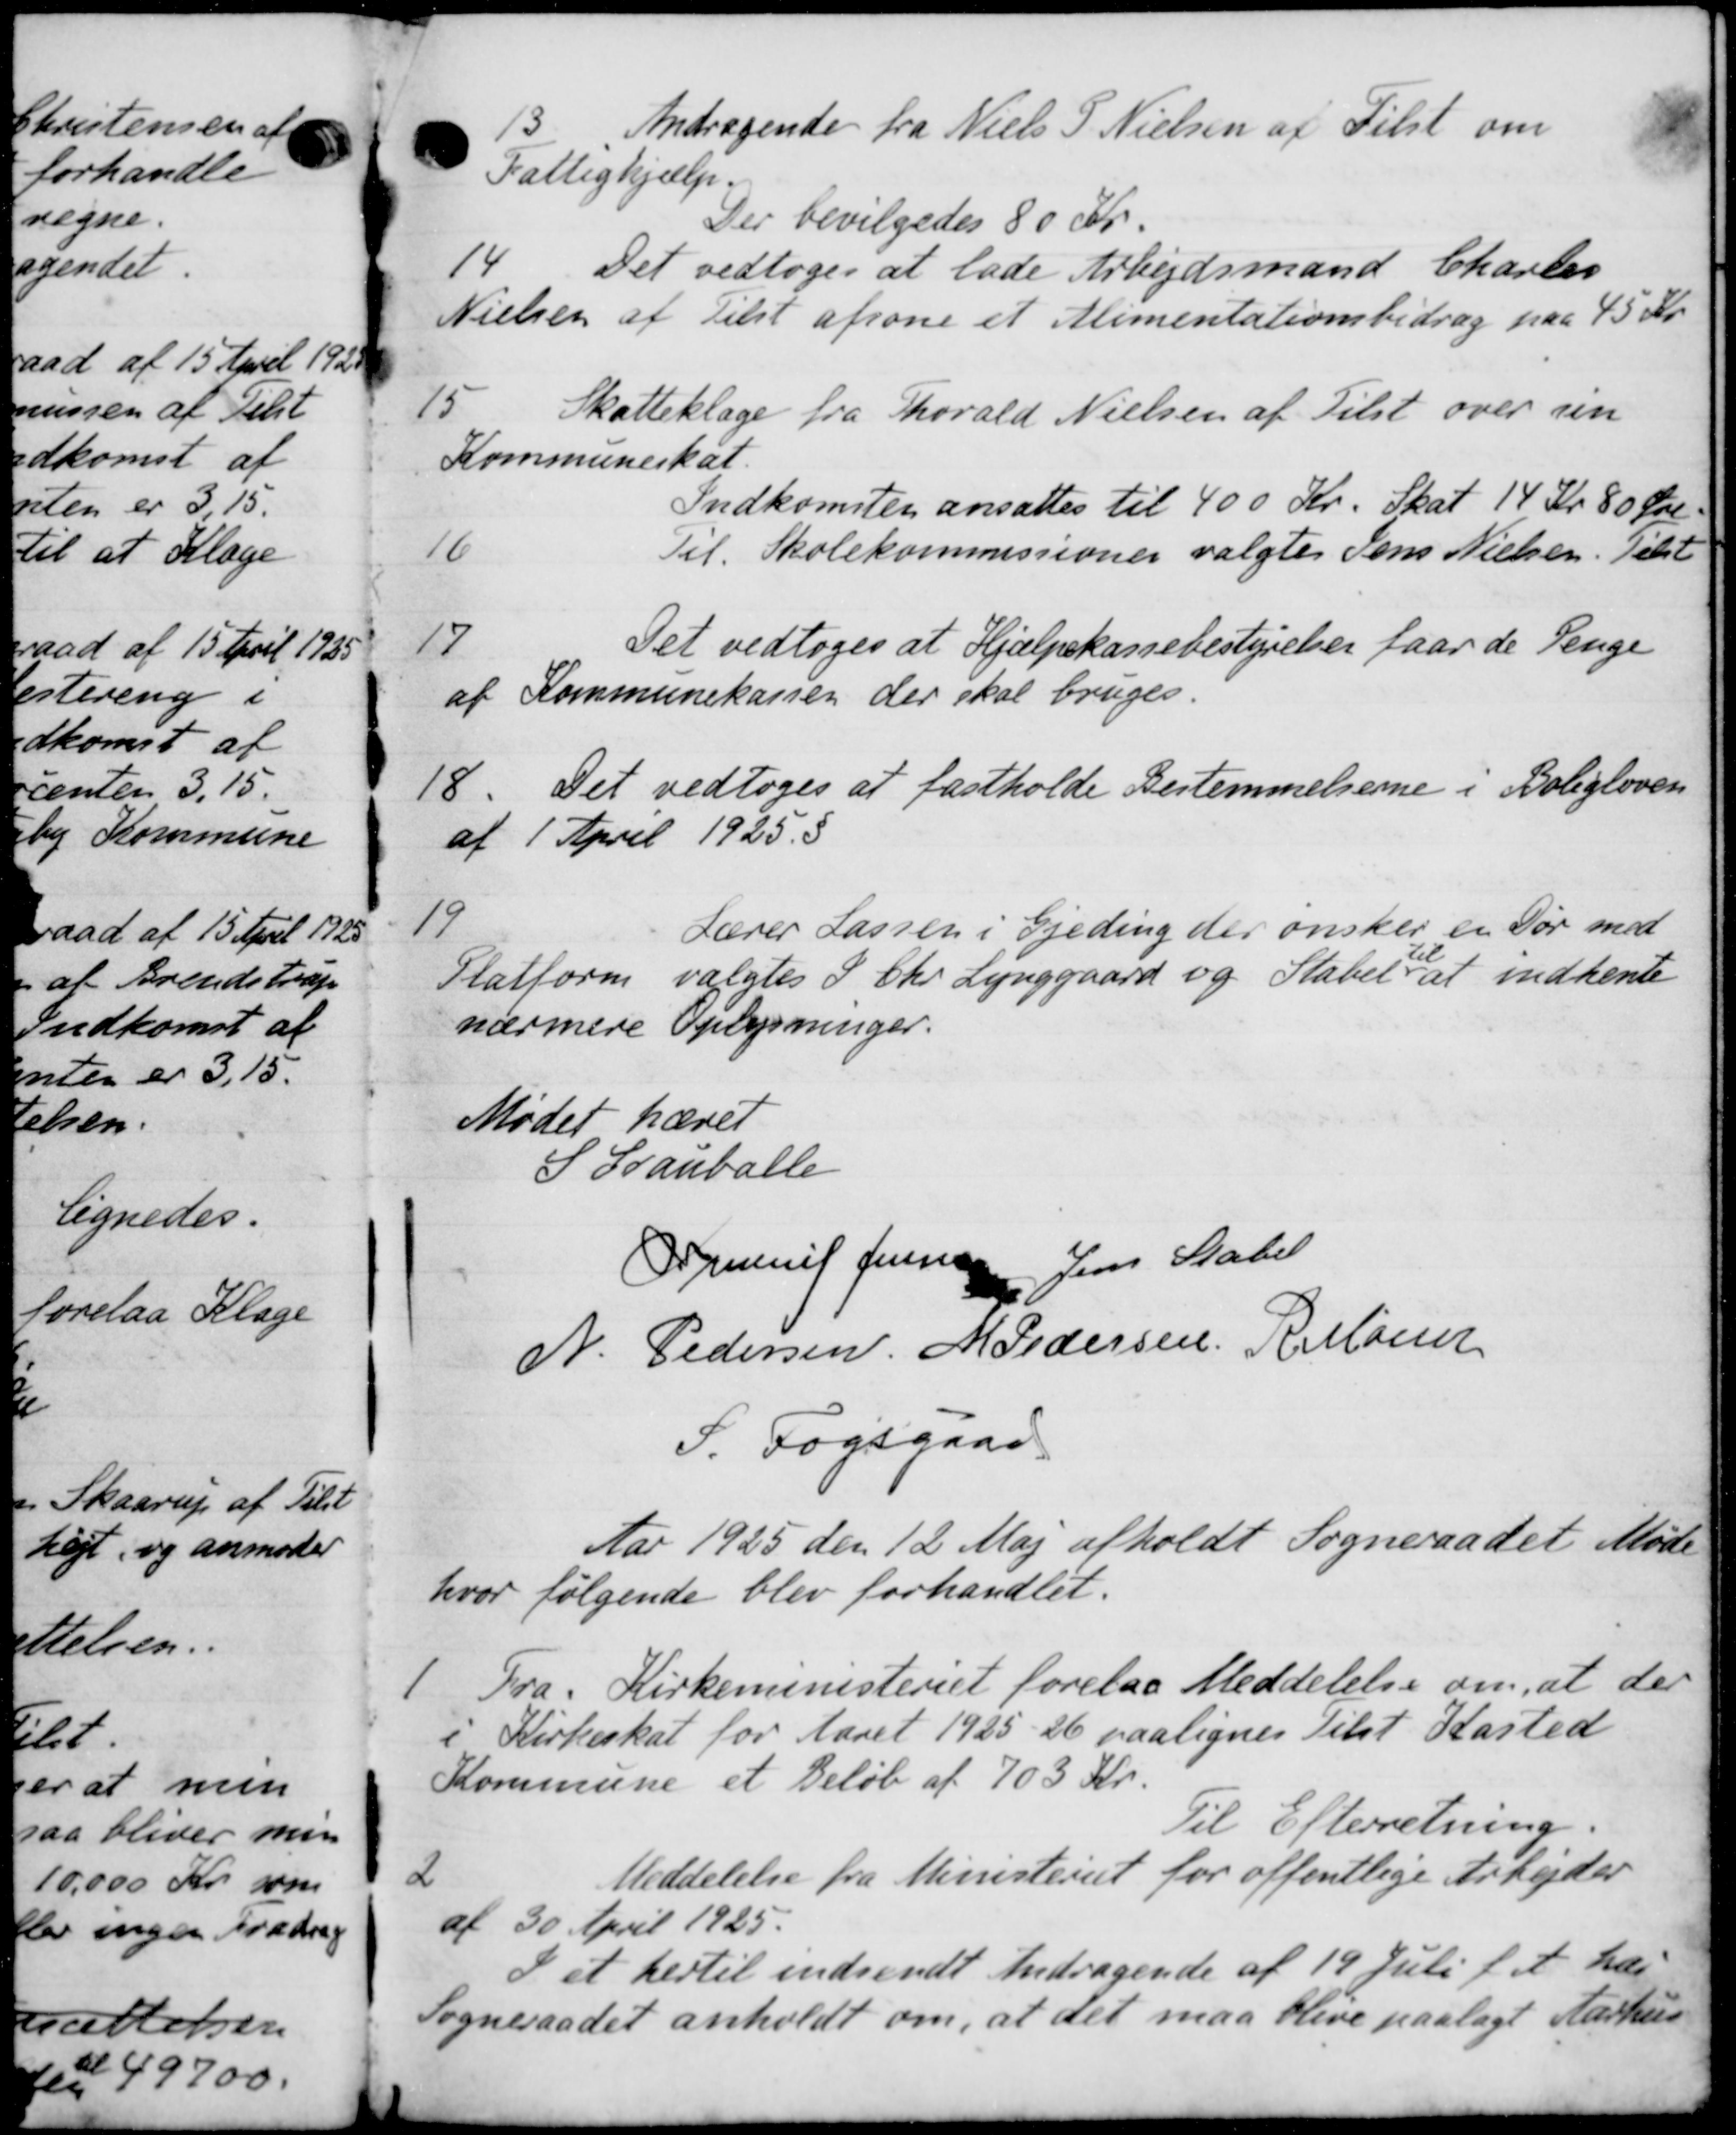
Transskription:
13
Andragende fra Niels P. Nielsen af Tilst om
Fattighjælp.
Der bevilgedes 80 Kr.
14.
Det vedtoges at lade Arbejdsmand Charles
Nielsen af tilst afsone et Alimentationsbidrag paa 45 Kr.
15
Skatteklage fra Thorald Nielsen af Tilst over sin
Kommuneskat.
Indkomsten ansattes til 400 Kr. Skat 14 Kr 80 Øre
16
Til Skolekommissioner valgtes Jens Nielsen. Tilst
17
Det vedtoges at Hjælpekassebestyrelser faar de Penge
af Kommunekassen der skal bruges.
18.
Det vedtoges at fastholde Bestemmelserne i Boligloven
af 1 April 1925.5
19
Lærer Lassen i Gjeding der ønsker en Tør med
Slatform valgtes P. Chr. Lynggaard og Stabet at indhente
nærmere Oplysninger.
Mødet hævet
S Grauballe
P Juul Jensen Jens Statel
N. Pedersen M Pedersen R. Møder
S. Fogsgaar
Aar 1925 den 12 Maj afholdt Sogneraadet Møde
hvor følgende blev forhandlet.
1
Fra Kirkeministeriet forelaa Meddelelse om, at der
i Kirkeskat for Aaret 1925-26 paalignes Tilst Kasted
Kommune et Beløb af 703 Kr.
Til Efterretning.
2
Meddelelse fra Ministeriet for offentlige Arbejder
af 30 April 1925.
I et hertil indsendt Andragende af 19 Juli f. A. har
Sogneraadet anholdt om, at det maa blive paalagt Aarhus